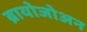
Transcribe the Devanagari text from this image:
ब्रायोजोअन